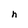
Character: h